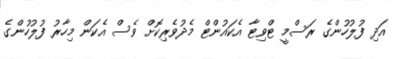
އަދި ފުލުހުންގެ ރަސްމީ ޓްވިޓާ އެކައުންޓް މެދުވެރިކޮށް ވެސް އެކަން މިހާރު ފުލުހުންގެ